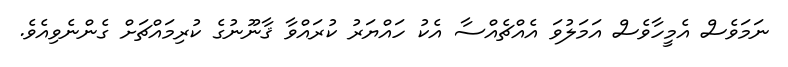
ނަމަވެސް އެމީހާވެސް އަމަލުވަ އެއްޗެއްސާ އެކު ހައްޔަރު ކުރައްވާ ޤާނޫނުގެ ކުރިމައްޗަށް ގެންނެވިއެވެ.